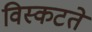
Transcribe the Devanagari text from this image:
विस्कटते